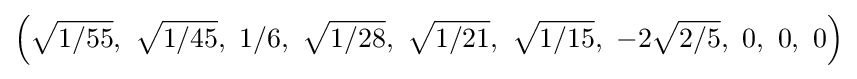
\left({\sqrt {1/55}},\ {\sqrt {1/45}},\ 1/6,\ {\sqrt {1/28}},\ {\sqrt {1/21}},\ {\sqrt {1/15}},\ -2{\sqrt {2/5}},\ 0,\ 0,\ 0\right)